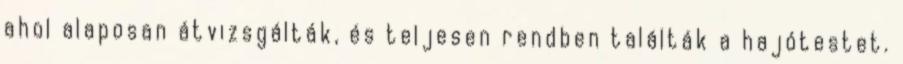
ahol alaposan átvizsgálták, és teljesen rendben találták a hajótestet.